Calcutta medical institutions reports 1892-1900
Year: 1892
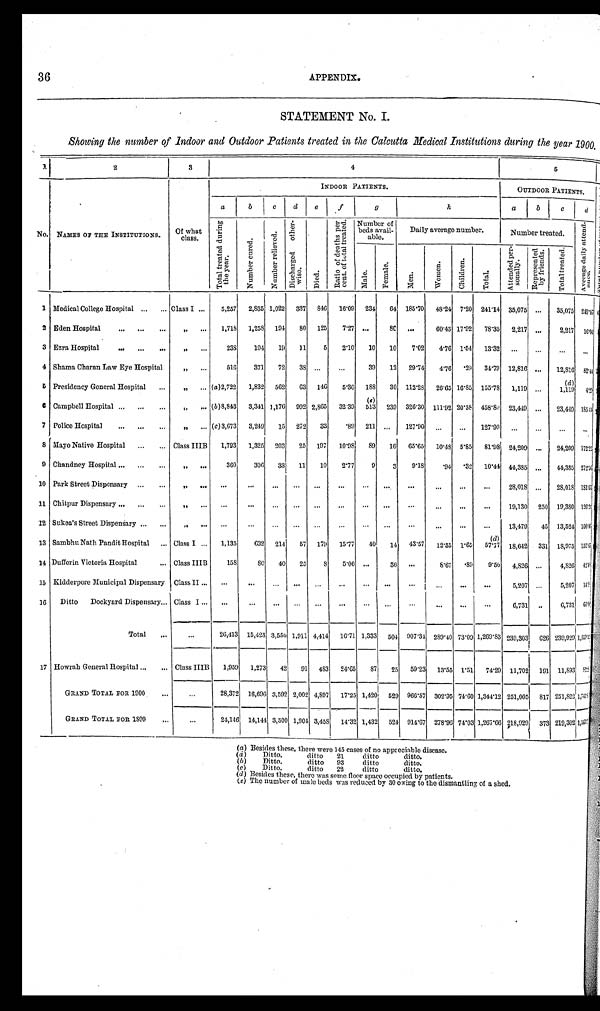
36
APPENDIX.
Showing the number of Indoor and Outdoor Patients treated in the Calcutta Medical Institutions during the year 1900.
1
2
3
4
5
No. NAMES OF THE INSTITUTIONS. Of what
class.
INDOOR PATIENTS.
OUTDOOR PATIENTS.
a
b
c
d
e
f
g
h
a
b
c
d
T o t a l t r e a t e d d u r i n g t h e y e a r .
N u m b e r c u r e d . N u m b e r r e l i e v e d .
D i s c h a r g e d o t h e r - w i s e .
D i e d .
R a t i o o f d e a t h s p e r c e n t . o f t o t a l t r e a t e d . Number of
beds avail-
able.
Daily average number.
N u m b e r t r e a t e d . A v e r a g e d a i l y a t t e n d - a n c e
M a l e .
F e m a l e .
M e n .
W o m e n . C h i l d r e n .
T o t a l .
A t t e n d e d p e r - s o n a l l y
R e p r e s e n t e d b y f r i e n d s . T o t a l t r e a t e d .
1 Medical College Hospital
Class I ...
5 , 2 5 7
2 , 8 3 5
1 , 0 2 2
3 3 7
8 4 6
1 6 · 0 9
2 3 4
6 4
1 8 5 · 7 0
4 8 · 2 4
7 · 2 0
2 4 1 · 1 4
3 5 , 0 7 5 . . .
3 5 , 0 7 5
2 4 9 · 0 7
2 Eden Hospital
” ...
1 , 7 1 8
1 , 2 5 8
1 9 4
8 0
1 2 5
7 · 2 7 . . .
8 0
. . .
6 0 · 4 3
1 7 · 9 2
7 8 · 3 5
2 , 2 1 7 . . .
2 , 2 1 7
1 6 · 0 4
3 Ezra Hospital
” ...
2 3 8
1 9 4
1 9
1 1
5
2 · 1 0
1 0
1 0
7 · 0 2
4 · 7 6
1 · 5 4
1 3 · 3 2
. . .
. . .
. . .
. . .
4 Shama Charan Law Eye Hospital
” ...
5 1 6
3 7 1
7 2
3 8 . . .
. . .
3 9
1 2
2 9 · 7 4
4 · 7 6
· 2 9
3 4 · 7 9
1 2 , 8 1 6 . . .
1 2 , 8 1 6
8 2 · 4 4
5 Presidency General Hospital
” . . .
( a ) 2 , 7 2 2
1 , 8 3 2
5 6 2
6 3
1 4 6
5 · 3 6
1 8 8
3 0
112· 28
2 6 · 6 5 16·85
1 5 5 · 7 8
1 , 1 1 9 . . .
( á ) 1 , 1 1 9
4 · 2 9
6 Campbell Hospital
” ...
( b ) 8 , 8 4 3
3 , 3 4 1
1 , 1 7 6
9 9 2
2 , 8 6 5
3 2 · 3 9
( e ) 5 1 3
2 3 9
326· 30
111· 92 20·58
4 5 8 · 8 0
2 3 , 4 4 9 . . .
2 3 , 4 4 9
1 8 5 . 4 4
7 Police Hospital
” ...
( c ) 3 , 6 7 3
3 , 2 4 9
1 5
2 7 2
3 3
· 8 9
2 1 1 . . .
127· 90
. . . ...
1 2 7 · 9 9
. . .
...
. . .
. . .
8 Mayo Native Hospital
Class IIIB
1 , 7 9 3
1 , 3 2 5
2 0 3
2 5
1 9 7
1 0 · 9 8
8 9
1 6
65· 65
1 0 · 4 8 5·85
8 1 · 9 8
2 4 , 2 0 9 . . .
2 4 , 2 0 9
1 7 2 · 2 2
9 Chandney Hospital
” ...
3 6 0
3 0 6
3 3
1 1
1 0
2 · 7 7
9
3
9 · 1 8
· 9 4
· 3 2
1 0 · 4 4
4 4 , 3 8 5 . . .
4 4 , 3 8 5
2 7 2 · 5 6
10 Park Street Dispensary
” ...
. . .
. . . . . . ...
. . .
. . .
. . .
. . .
. . .
. . . ...
. . .
2 8 , 0 1 8 . . .
2 8 , 0 1 8
1 8 1 · 6 1
11 Chitpur Dispensary
” ...
. . .
. . . ...
. . .
. . .
. . .
. . .
. . .
. . .
. . . ...
. . .
1 9 , 1 3 0
2 5 0
1 9 , 3 8 0
1 2 6 · 2 4
12 Sukea's Street Dispensary
” ...
. . .
. . . . . .
. . .
. . .
. . . ...
. . . .
. . .
. . . ...
. . .
1 3 , 4 7 9
4 5
1 3 , 5 2 4
1 0 0 · 4 6
13 Sambhu Nath Pandit Hospital
Class I ...
1 , 1 3 5
6 3 2
2 1 4
5 7
1 7 9
1 5 · 7 7
4 0
1 4
4 3 · 5 7
1 2 · 5 5
1 · 6 5
( d ) 5 7 · 7 7
1 8 , 6 4 2
3 3 1
1 8 , 9 7 3
1 5 2 · 6 7
14 Dufferin Victoria Hospital
Class IIIB
1 5 8
8 0
4 0
2 5
8
5 · 0 6 . . .
3 6
. . .
8 · 6 7
· 8 9
9 · 5 6
4 , 8 2 6 ...
4 , 8 2 6
4 2 · 4
15 Kidderpore Municipal Dispensary Class II ...
. . .
. . . . . . ... ...
. . .
. . .
. . .
. . .
. . .
. . .
. . .
5 , 2 0 7 ...
5 , 2 0 7
1 4 · 0 0
16 Ditto Dockyard Dispensary Class I...
. . .
. . .
. . . ...
...
. . .
...
. . .
......
......
6 , 7 3 1 ..
6 , 7 3 1
6 0 · 0
Total
. . .
2 6 , 4 1 3
1 5 , 4 2 3
3 , 5 5 0
1 , 9 1 1
4 , 4 1 4
1 6 · 7 1
1 , 3 3 3
5 0 4
9 0 7 · 3 4
2 8 9 · 4 0
7 3 · 0 9
1 , 2 6 9 · 8 3
2 3 9 , 3 0 3
6 2 6
2 3 9 , 9 2 9
1 , 6 5 9 · 8
17 Howrah General Hospital
Class IIIB
1 , 9 5 0
1 , 2 7 3
4 2 9 1
4 8 3
2 4 · 6 5
8 7
2 5
5 9 · 2 3
1 3 · 5 5
1 · 5 1
7 4 · 2 9
1 1 , 7 0 2
1 9 1
1 1 , 8 9 3
8 9
GRAND TOTAL FOR 1900
. . .
2 8 , 3 7 2
1 6 , 6 9 6
3 , 5 9 2
2 , 0 0 2
4 , 8 9 7
1 7 · 2 5
1 , 4 2 0
5 2 9
9 6 6 · 5 7
3 0 2 · 9 5
7 4 · 6 0
1 , 3 4 4 · 1 2
2 5 1 , 0 0 5
8 1 7
2 5 1 , 8 2 2
1 , 7 4 1 · 8
GRAND TOTAL FOR 1899
...
. . .
2 4 , 1 4 6
1 4 , 1 4 4
3 , 5 0 0
1 , 9 0 4
3 , 4 5 8
1 4 · 3 2
1 , 4 3 2
5 2 4
9 1 4 · 6 7
2 7 8 · 9 6
7 4 · 0 3
1 , 2 6 7 · 6 6
2 1 8 , 9 2 9
3 7 3
2 1 9 , 3 0 2
1 5 4 3 · 7
(a) Besides these, there were 145 cases of no appreciable disease.
( a )
Ditto.
ditto 21
ditto
ditto.
( b )
Ditto.
ditto 93
ditto
ditto.
D i t t o .
d i t t o
2 2
d i t t o
d i t t o .